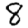
Digit: 8